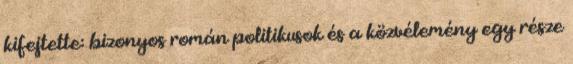
kifejtette: bizonyos román politikusok és a közvélemény egy része